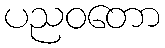
ပညဝတော